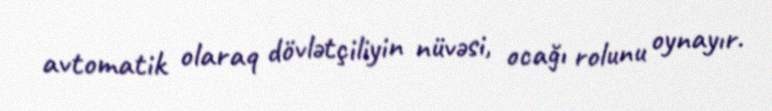
avtomatik olaraq dövlətçiliyin nüvəsi, ocağı rolunu oynayır.